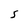
Character: S